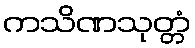
ကသိဏသုတ္တံ